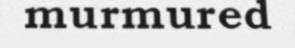
murmured